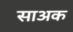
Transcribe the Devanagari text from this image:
साअक